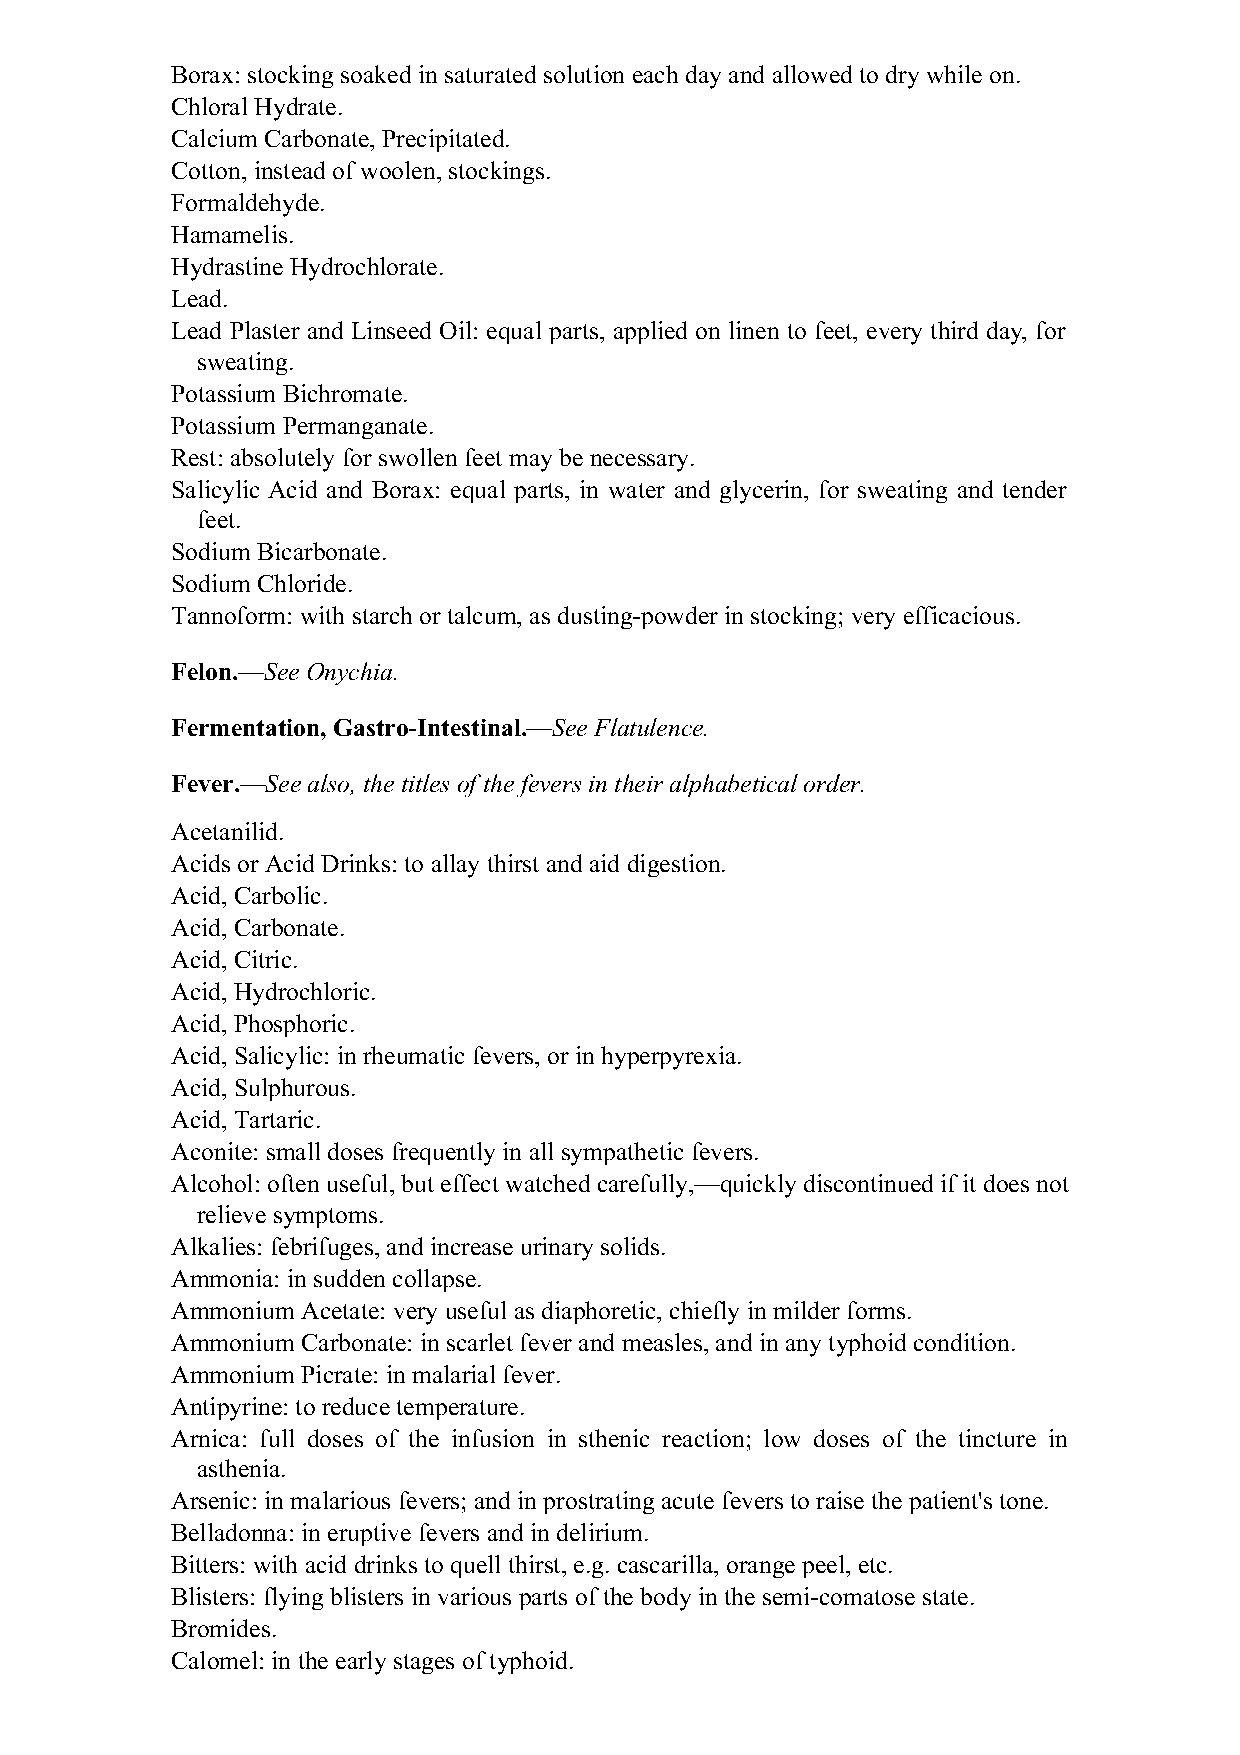
Borax: stocking soaked in saturated solution each day and allowed to dry while on.
 Chloral Hydrate.
 Calcium Carbonate, Precipitated.
 Cotton, instead of woolen, stockings.
 Formaldehyde.
 Hamamelis.
 Hydrastine Hydrochlorate.
 Lead.
 Lead Plaster and Linseed Oil: equal parts, applied on linen to feet, every third day, for
 sweating.
 Potassium Bichromate.
 Potassium Permanganate.
 Rest: absolutely for swollen feet may be necessary.
 Salicylic Acid and Borax: equal parts, in water and glycerin, for sweating and tender
 feet.
 Sodium Bicarbonate.
 Sodium Chloride.
 Tannoform: with starch or talcum, as dusting-powder in stocking; very efficacious.
 Felon.—See Onychia.
 Fermentation, Gastro-Intestinal.—See Flatulence.
 Fever.—See also, the titles of the fevers in their alphabetical order.
 Acetanilid.
 Acids or Acid Drinks: to allay thirst and aid digestion.
 Acid, Carbolic.
 Acid, Carbonate.
 Acid, Citric.
 Acid, Hydrochloric.
 Acid, Phosphoric.
 Acid, Salicylic: in rheumatic fevers, or in hyperpyrexia.
 Acid, Sulphurous.
 Acid, Tartaric.
 Aconite: small doses frequently in all sympathetic fevers.
 Alcohol: often useful, but effect watched carefully,—quickly discontinued if it does not
 relieve symptoms.
 Alkalies: febrifuges, and increase urinary solids.
 Ammonia: in sudden collapse.
 Ammonium Acetate: very useful as diaphoretic, chiefly in milder forms.
 Ammonium Carbonate: in scarlet fever and measles, and in any typhoid condition.
 Ammonium Picrate: in malarial fever.
 Antipyrine: to reduce temperature.
 Arnica: full doses of the infusion in sthenic reaction; low doses of the tincture in
 asthenia.
 Arsenic: in malarious fevers; and in prostrating acute fevers to raise the patient's tone.
 Belladonna: in eruptive fevers and in delirium.
 Bitters: with acid drinks to quell thirst, e.g. cascarilla, orange peel, etc.
 Blisters: flying blisters in various parts of the body in the semi-comatose state.
 Bromides.
 Calomel: in the early stages of typhoid.